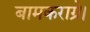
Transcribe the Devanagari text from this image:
बामकराग्रे।